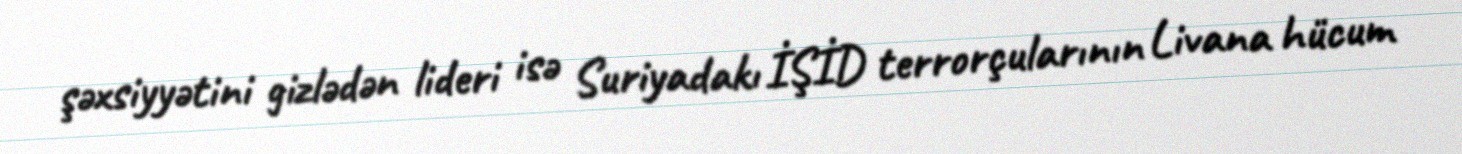
şəxsiyyətini gizlədən lideri isə Suriyadakı İŞİD terrorçularının Livana hücum